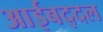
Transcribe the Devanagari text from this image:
आईबद्दल